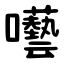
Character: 囈